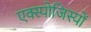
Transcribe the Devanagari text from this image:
एक्स्पोजिस्यों